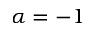
\alpha = - 1